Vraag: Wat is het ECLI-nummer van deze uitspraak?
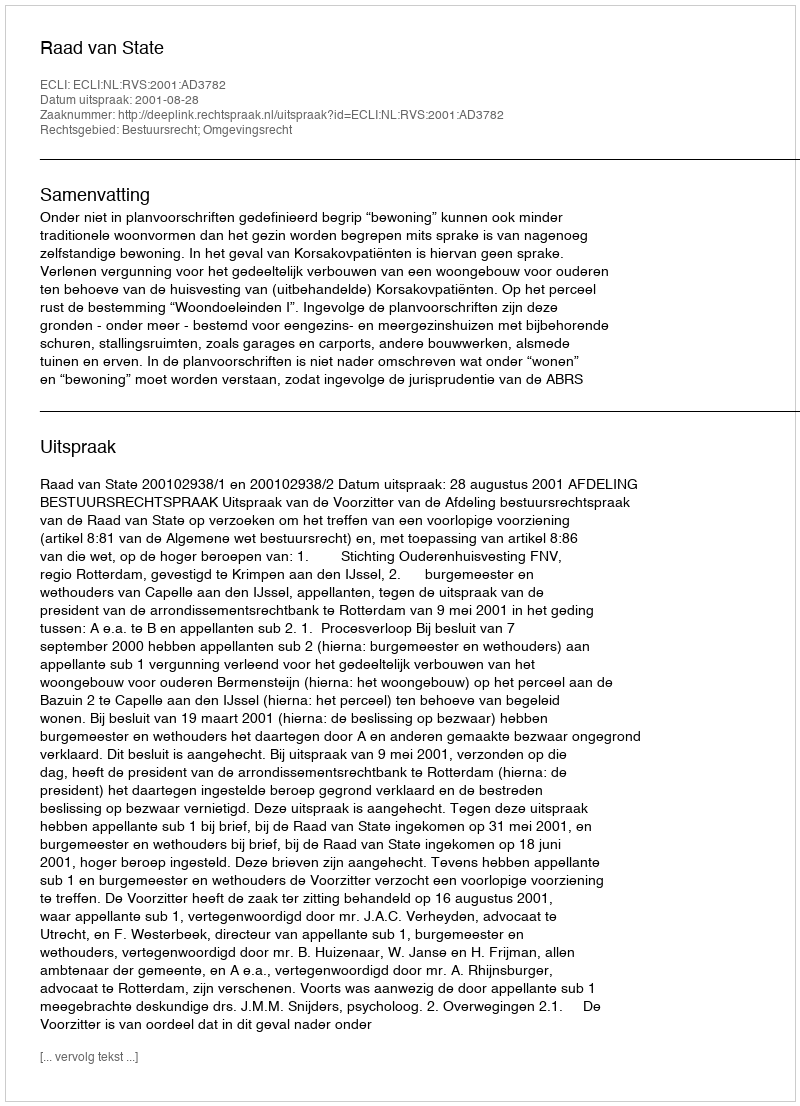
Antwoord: ECLI:NL:RVS:2001:AD3782